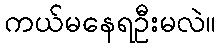
ကယ်မနေရဦးမလဲ။